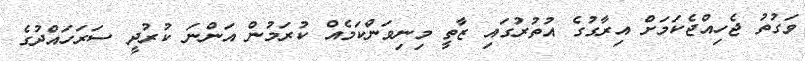
ވަގުތު ޖެހިއްޖެކަމަށް އިރާގުގެ އުތުރުގައި ޒާތީ މިނިވަންކަމެއް ކުރަމުން އަންނަ ކުރުދީ ސަރަހައްދުގެ